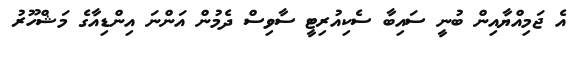
އެ ޖަމިއްޔާއިން ބުނީ ސައިބާ ސެކިއުރިޓީ ސާވިސް ދެމުން އަންނަ އިންޑިއާގެ މަޝްހޫރު